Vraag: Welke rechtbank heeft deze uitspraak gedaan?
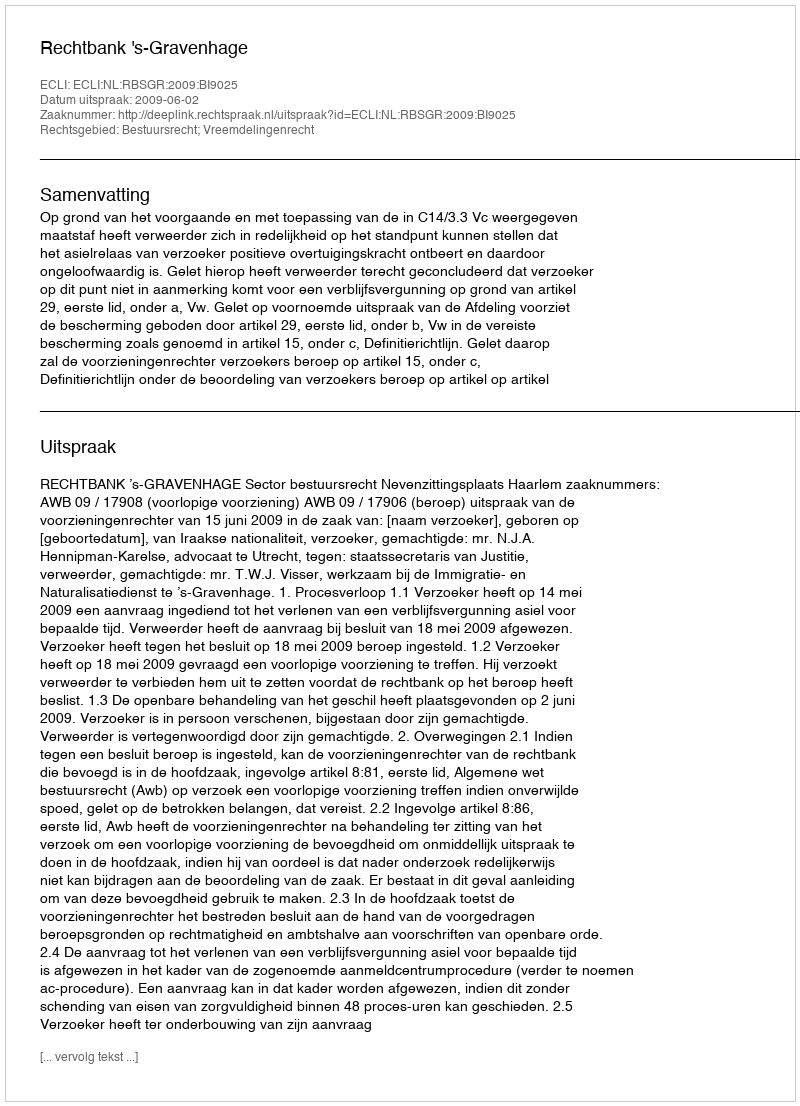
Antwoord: Rechtbank 's-Gravenhage